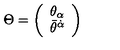
\Theta = \left( \begin{array} { c } { { \theta } _ { \alpha } } \\ { { \bar { \theta } } ^ { \dot { \alpha } } } \\ \end{array} \right)